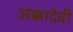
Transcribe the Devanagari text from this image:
अक्कादेवी